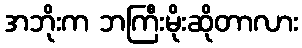
အဘိုးက ဘကြီးမိုးဆိုတာလား